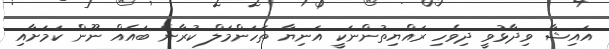
އައިޝާ ވިދާޅުވީ ދިވެހި ރައްޔިތުންނަކީ އަނިޔާ ތަހަންމަލް ކުރާނެ ބައެއް ނޫން ކަމަށާއި